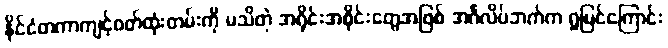
နိုင်ငံတကာကျင့်ဝတ်ထုံးတမ်းကို မသိတဲ့ အရိုင်းအစိုင်းတွေအဖြစ် အင်္ဂလိပ်ဘက်က ရှုမြင်ကြောင်း